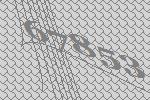
67853